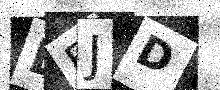
Text: DEJD